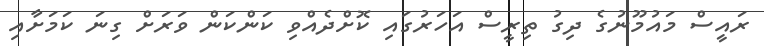
ރައީސް މައުމޫނުގެ ދިގު ތިރީސް އަހަރުގައި ކޮށްދެއްވި ކަންކަން ވަރަށް ގިނަ ކަމަށާއި